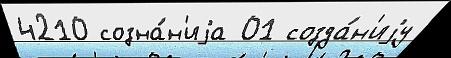
4210 созна́н'иjа 01 созда́н'иjу